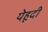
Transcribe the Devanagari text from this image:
येहूदी